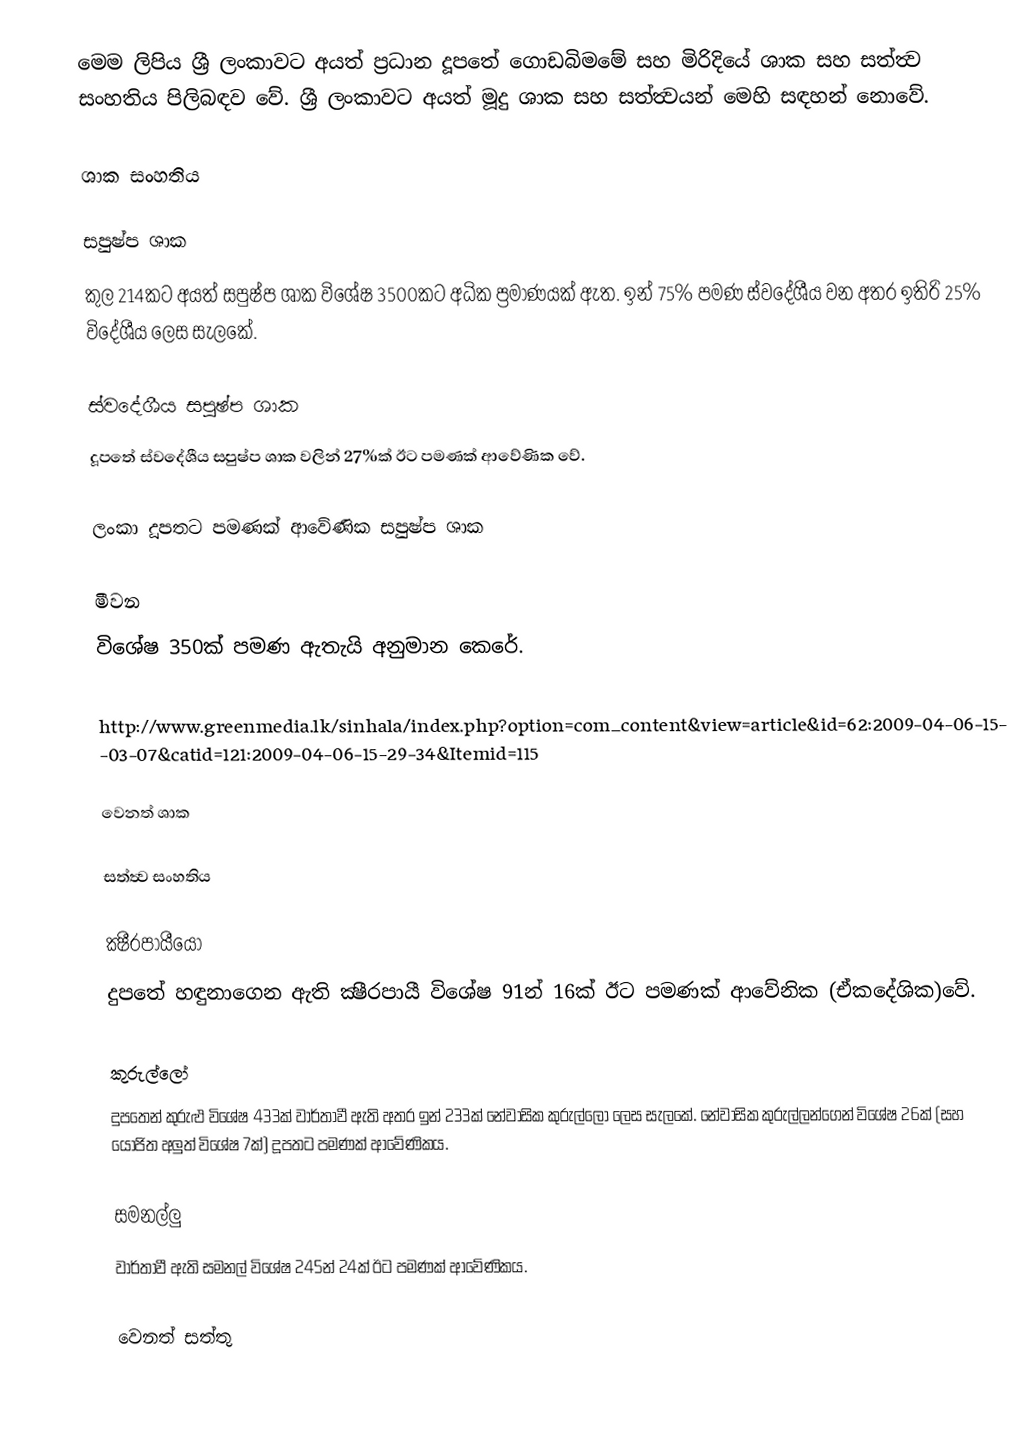
මෙම ලිපිය ශ්‍රී ලංකාවට අයත් ප්‍රධාන දූපතේ ගොඩබිමමේ සහ මිරිදියේ ශාක සහ සත්ත්‍ව සංහතිය පිලිබඳව වේ.  ශ්‍රී ලංකාවට අයත් මූදු  ශාක සහ සත්ත්‍වයන් මෙහි සඳහන් නොවේ.

ශාක සංහතිය

සපුෂ්ප ශාක
කුල 214කට අයත් සපුෂ්ප ශාක විශේෂ 3500කට අධික ප්‍රමාණයක් ඇත.  ඉන් 75% පමණ ස්වදේශීය වන අතර ඉතිරි 25% විදේශීය ලෙස සැලකේ.

ස්වදේශීය සපුෂ්ප ශාක
දූපතේ ස්වදේශීය සපුෂ්ප ශාක වලින් 27%ක් ඊට පමණක් ආවේණික වේ.

ලංකා දූපතට පමණක් ආවේණික සපුෂ්ප ශාක

මීවන
විශේෂ 350ක් පමණ ඇතැයි අනුමාන කෙරේ.

http://www.greenmedia.lk/sinhala/index.php?option=com_content&view=article&id=62:2009-04-06-15-03-07&catid=121:2009-04-06-15-29-34&Itemid=115

වෙනත් ශාක

සත්ත්‍ව සංහතිය

ක්‍ෂීරපායීයෝ
දුපතේ හඳුනාගෙන ඇති ක්‍ෂීරපායී විශේෂ 91න් 16ක් ඊට පමණක් ආවේනික (ඒකදේශික)වේ.

කුරුල්ලෝ
දුපතෙන් කුරුළු විශේෂ 433ක් වාර්තාවී ඇති අතර ඉන් 233ක් නේවාසික කුරුල්ලෝ ලෙස සැලකේ. නේවාසික කුරුල්ලන්ගෙන් විශේෂ 26ක් (සහ යෝජිත අලුත් විශේෂ 7ක්) දූපතට පමණක් ආවේණිකය.

සමනල්ලු
වාර්තාවී ඇති සමනල් විශේෂ 245න් 24ක් ඊට පමණක් ආවේණිකය.

වෙනත් සත්තු